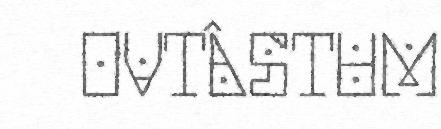
OVTÂSTUM